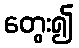
တွေး၍